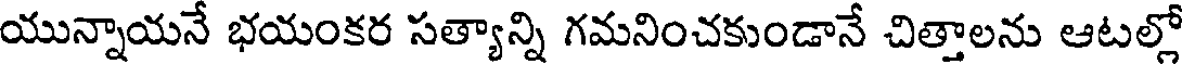
యున్నాయనే భయంకర సత్యాన్ని గమనించకుండానే చిత్తాలను ఆటల్లో